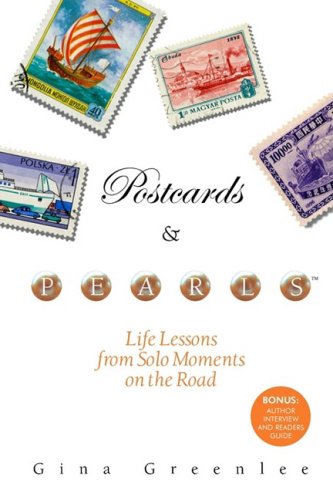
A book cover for Postcards and Pearls: Life Lessons from Solo Moments on the Road; Gina Greenlee; Travel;